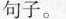
句子。